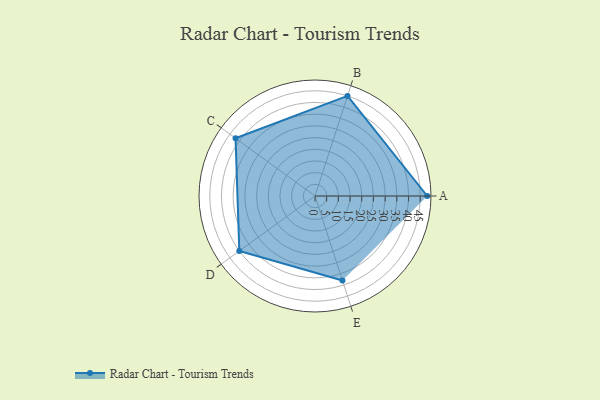
{"axis": {"x": "Skill", "y": "Score"}, "legend": ["Profile"], "data": [{"x": "A", "y": 48.0, "type": "Profile"}, {"x": "B", "y": 45.0, "type": "Profile"}, {"x": "C", "y": 42.0, "type": "Profile"}, {"x": "D", "y": 40.0, "type": "Profile"}, {"x": "E", "y": 38.0, "type": "Profile"}]}